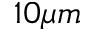
1 0 \mu m